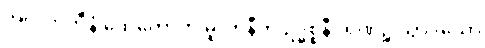
အပ္ပလာဘီနံ ထေတောတိ မူလာနီတိ ဥဒ္ဓစ္စနီဝရဏဉ္စ သွာဒယော